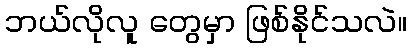
ဘယ်လိုလူ တွေမှာ ဖြစ်နိုင်သလဲ။